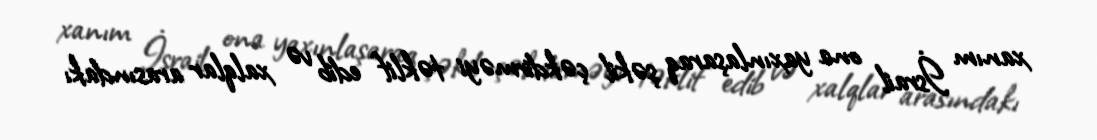
xanım İsrail ona yaxınlaşaraq şəkil çəkdirməyi təklif edib və xalqlar arasındakı